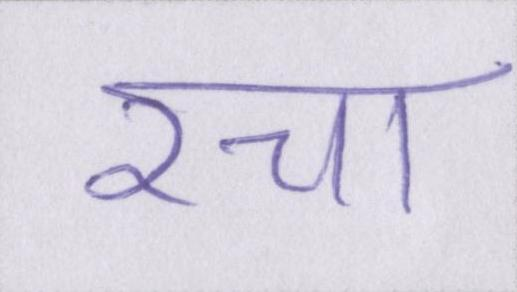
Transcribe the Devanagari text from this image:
रचा